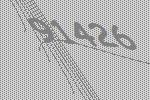
91426